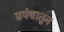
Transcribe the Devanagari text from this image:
प्रपंचातून